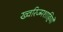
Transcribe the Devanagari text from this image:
ख्वरिज्मशाहियों